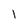
Character: 1